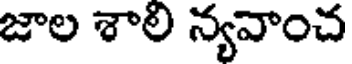
జాల శాలి న్యవాంచ